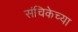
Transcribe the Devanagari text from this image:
संचिकेच्या